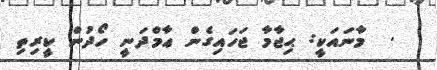
.  މާނައަކީ: ޙިޖާމާ ޖަހައިގެން ޢާމްދަނީ ހޯދުން ކީރިތި